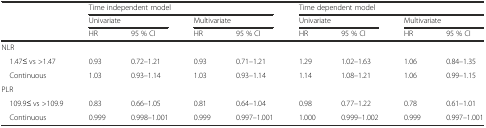
<table><thead><tr><td></td><td colspan="4"><b>Time independent model</b></td><td colspan="4"><b>Time dependent model</b></td></tr><tr><td></td><td colspan="2"><b>Univariate</b></td><td colspan="2"><b>Multivariate</b></td><td colspan="2"><b>Univariate</b></td><td colspan="2"><b>Multivariate</b></td></tr><tr><td></td><td><b>HR</b></td><td><b>95 % CI</b></td><td><b>HR</b></td><td><b>95 % CI</b></td><td><b>HR</b></td><td><b>95 % CI</b></td><td><b>HR</b></td><td><b>95 % CI</b></td></tr></thead><tbody><tr><td colspan="9">NLR</td></tr><tr><td> 1.47≤ vs &gt;1.47</td><td>0.93</td><td>0.72–1.21</td><td>0.93</td><td>0.71–1.21</td><td>1.29</td><td>1.02–1.63</td><td>1.06</td><td>0.84–1.35</td></tr><tr><td> Continuous</td><td>1.03</td><td>0.93–1.14</td><td>1.03</td><td>0.93–1.14</td><td>1.14</td><td>1.08–1.21</td><td>1.06</td><td>0.99–1.15</td></tr><tr><td colspan="9">PLR</td></tr><tr><td> 109.9≤ vs &gt;109.9</td><td>0.83</td><td>0.66–1.05</td><td>0.81</td><td>0.64–1.04</td><td>0.98</td><td>0.77–1.22</td><td>0.78</td><td>0.61–1.01</td></tr><tr><td> Continuous</td><td>0.999</td><td>0.998–1.001</td><td>0.999</td><td>0.997–1.001</td><td>1.000</td><td>0.999–1.002</td><td>0.999</td><td>0.997–1.001</td></tr></tbody></table>